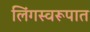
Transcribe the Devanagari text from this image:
लिंगस्वरूपात